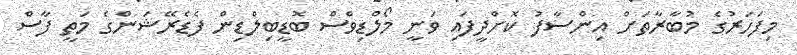
މިފަހަރުގެ މުބާރާތަށް އިންސާފު ކޮށްދީފައި ވަނީ މޯލްޑިވްސް ބޮޑީބިލްޑިން ފެޑެރޭޝަންގެ މަތީ ފާސް